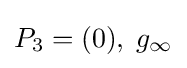
P_{3}=(0),\;g_{\infty }